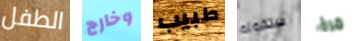
الطفل وخارج طبيب ستقوله مرة